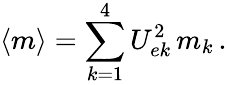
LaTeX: \langle{m}\rangle=\sum_{k=1}^{4}U_{ek}^{2}\, m_{k}\, .